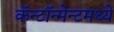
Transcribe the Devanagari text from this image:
कॅन्टॉन्मेन्टमध्ये